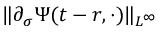
\| \partial _ { \sigma } \Psi ( t - r , \cdot ) \| _ { L ^ { \infty } }